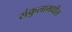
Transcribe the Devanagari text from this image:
संकुलामधील